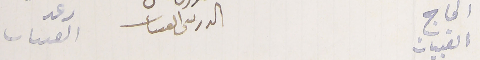
الحاج القبيات                               الدرىى القىىات                                    رعد القبيات